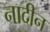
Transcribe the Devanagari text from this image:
नादीन